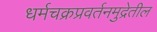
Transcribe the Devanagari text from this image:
धर्मचक्रप्रवर्तनमुद्रेतील